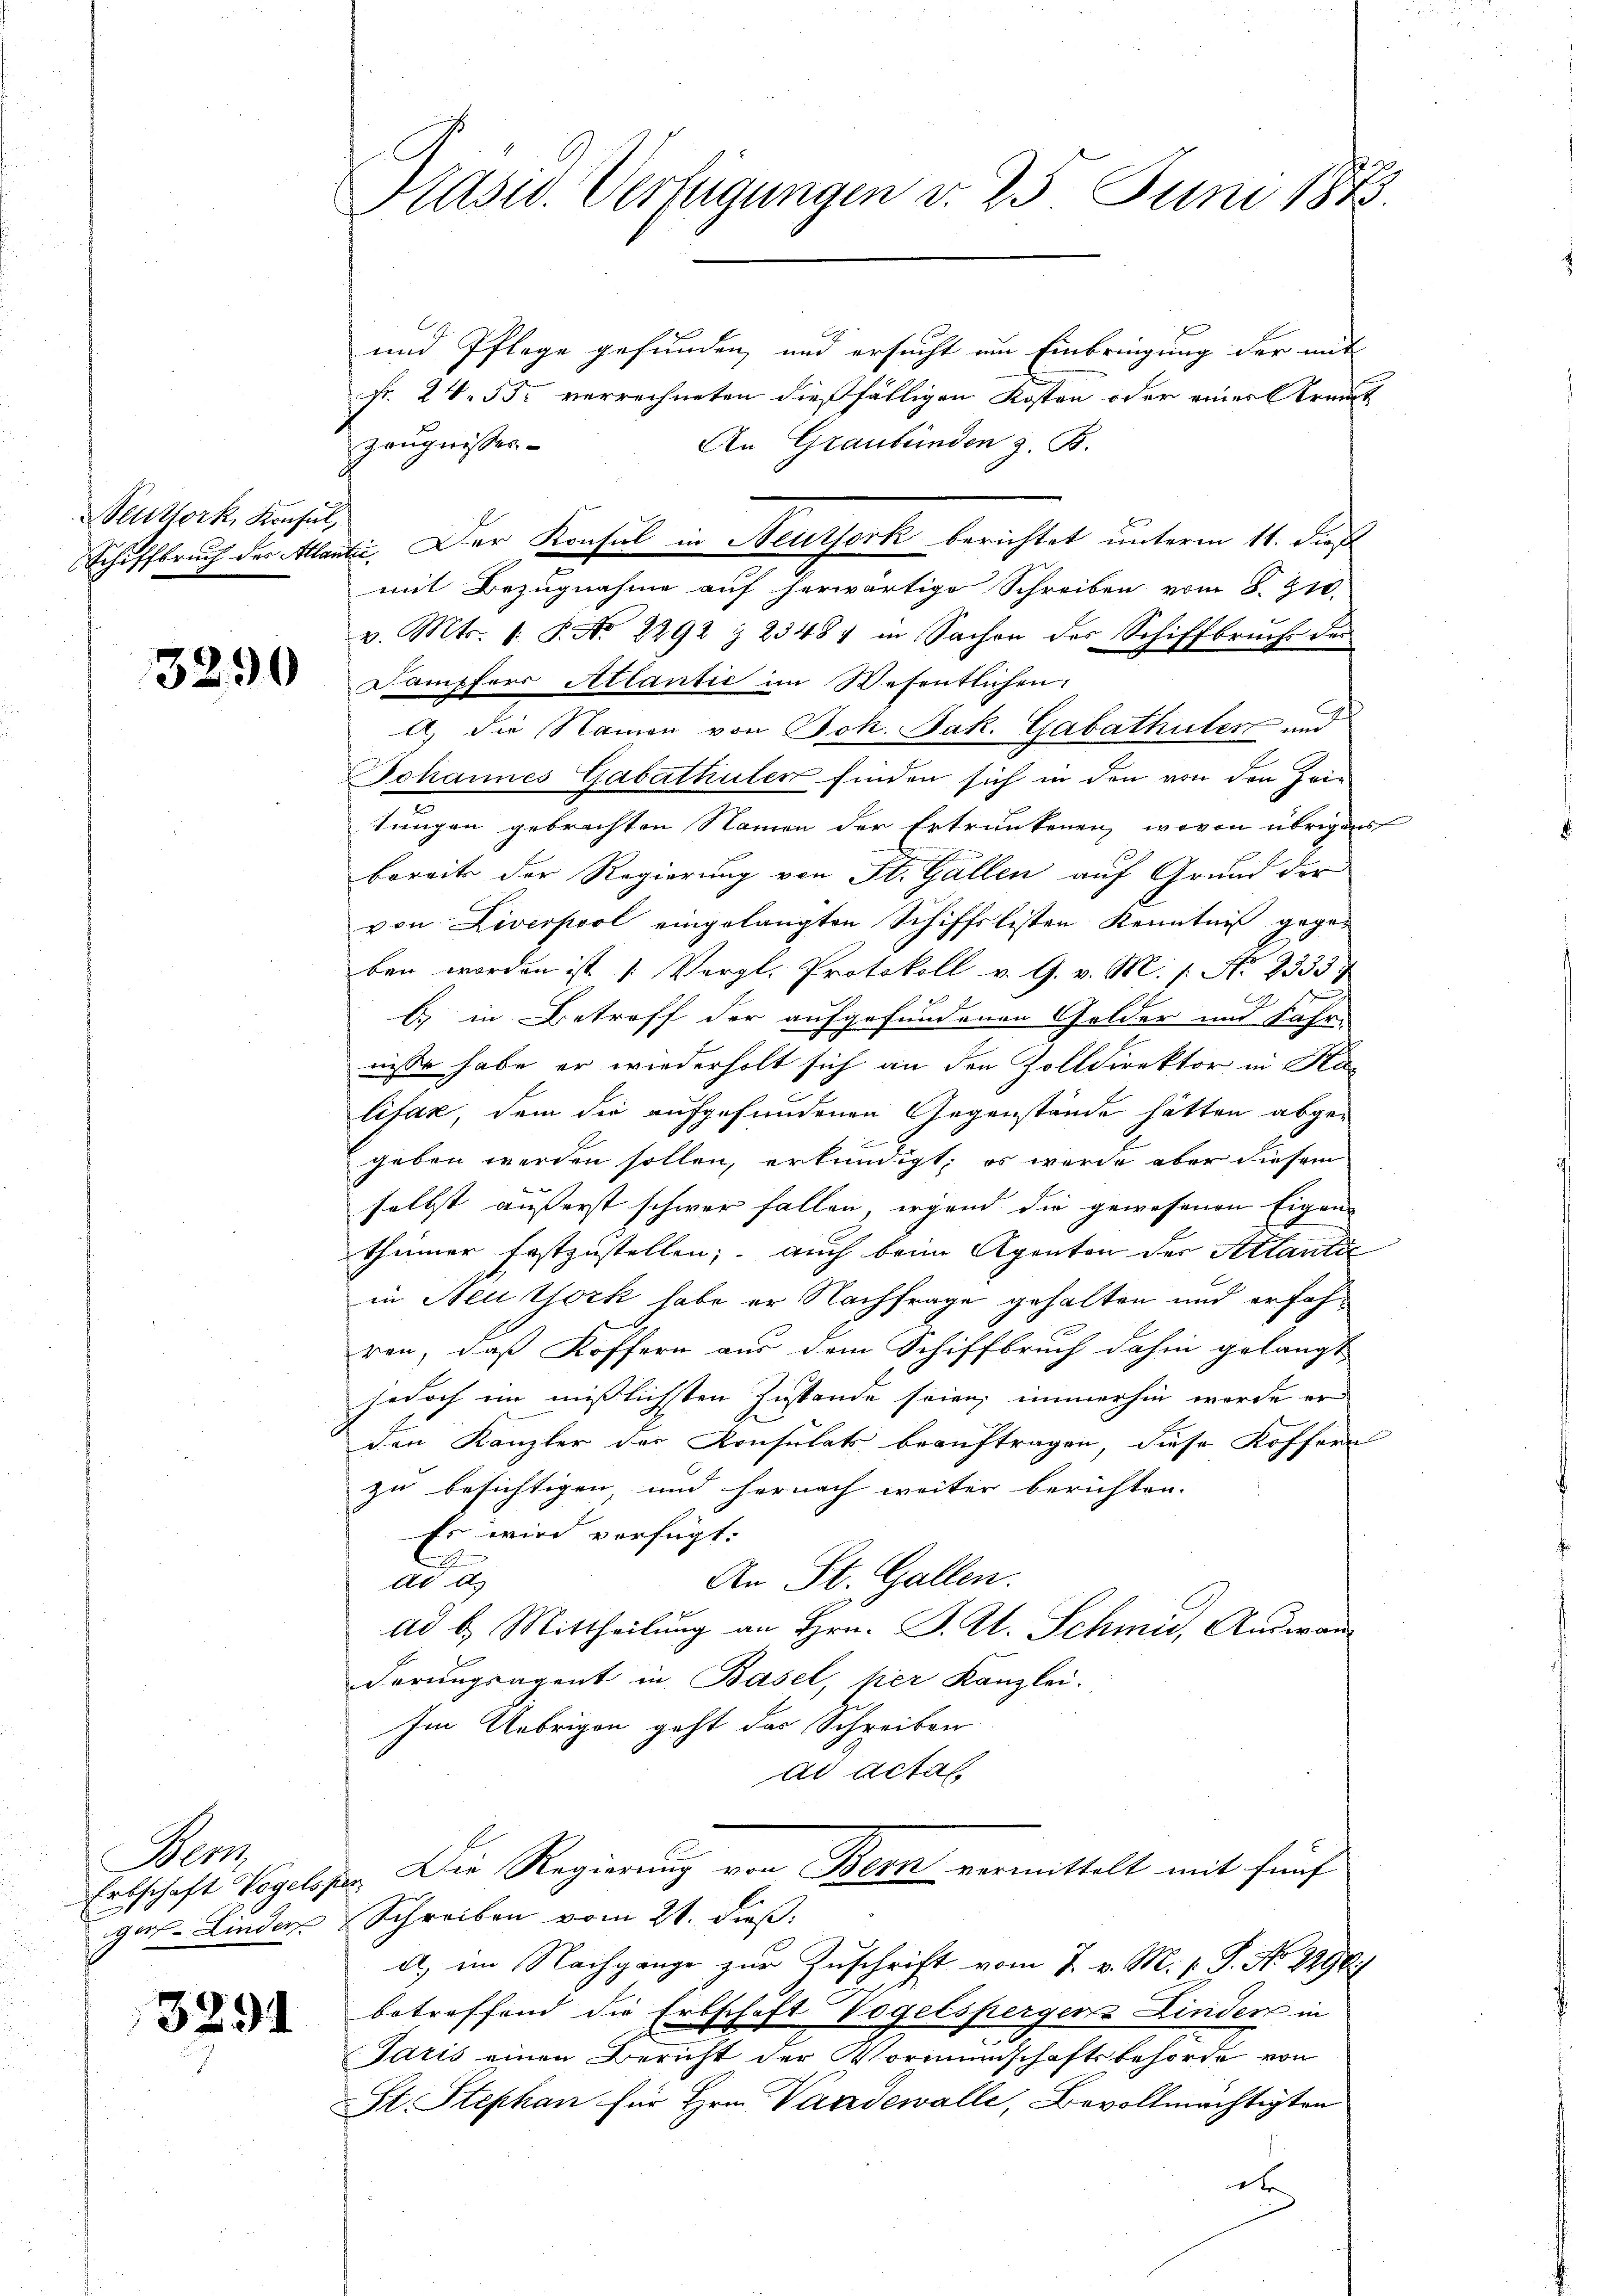
euttork, Konsul,
Schiffbruch der Alle

3290

Mem
ger-Linder

3291

Präsid. Verfügungen d. 23. Juni 1873.

und Pflege gefunden, und ersucht um Einbringung der mit
Fr. 24. 55. verrechneten dießfälligen Kosten oder einer Krant
An Graubünden z. B.
Zeugnissen
mit Bezugnahme auf herwärtige Schreiben vom 8. 310.
v. Mts. 1. P. No 2292 § 23484 in Sachen des Schiffbruch der
Dampfers Altantić im Wesentlichen:
A. die Namen von Joh. Jak. Gabathüler und
Johannes Gabathüler finden sich in den von den Zei
tungen gebrachten Namen der Ertrunkenen, wovon übrigens
bereits der Regierung von St. Gallen auf Grund der
von Liverpool eingelangten Schiffslisten Kenntniß gegen
ben worden ist |: Vergl. Protokoll v. G. v. M. s. No 2333
l) in Betreff der aufgefundenen Gelder und Fahr-
nisse habe er wiederholt sich an den Zolldirektor in Kas
lifak, dem die aufgefundenen Gegenstände hätten abgegeben werden sollen, erkundigt; es wurde aber diesem
selbst äusserst schwer fallen, irgend die gewesenen Eigen-
thümer festzustellen; auch beim Agenten der Atlantie
in Neuthork habe er Nachfrage gehalten und erfahren, daß Koffern aus dem Schiffbruch dahin gelangt
jedoch im misslichsten Zustande seien, immerhin werde er
den Kanzler des Konsulats beauftragen, diese Kofferen
zu besichtigen, und hernach weiter berichten.
Es wird verfügt:
C
An St. Gallen.
Ad A.
ad b.) Mittheilung an Hrn. J. U. Schmid, Auswanderungsagent in Basel, her Kanzlei.
Im Uebrigen geht das Schreiben
ad Actas
Ertschaft Vogelosen Die Regierung von Bern vormittelt mit fünf
Schreiben vom 21. dieß:
A, im Nachgange zur Zuschrift vom 2. v. M. s. S. No 1296)
betreffend die Erbschaft Vogelsperger Linder in
Idris einen Bericht der Vormundschaftsbehörde von
St. Stephan für Hrn. Vaadewalle, Bevollmächtigten
d

ite. Der Konsul in Heusserk berichtet unterm 11. dieß